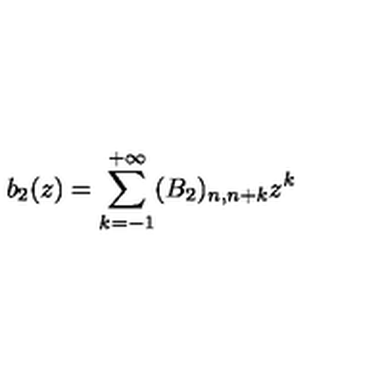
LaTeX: b _ { 2 } ( z ) = \sum _ { k = - 1 } ^ { + \infty } ( B _ { 2 } ) _ { n , n + k } z ^ { k }